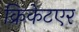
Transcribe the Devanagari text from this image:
क्रिकेटएर